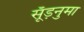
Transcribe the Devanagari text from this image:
सूँड़नुमा